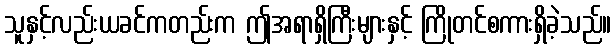
သူနှင့်လည်းယခင်ကတည်းက ဤအရာရှိကြီးများနှင့် ကြိုတင်စကားရှိခဲ့သည်။